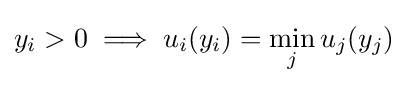
y_{i}>0\implies u_{i}(y_{i})=\min _{j}u_{j}(y_{j})